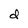
Character: d